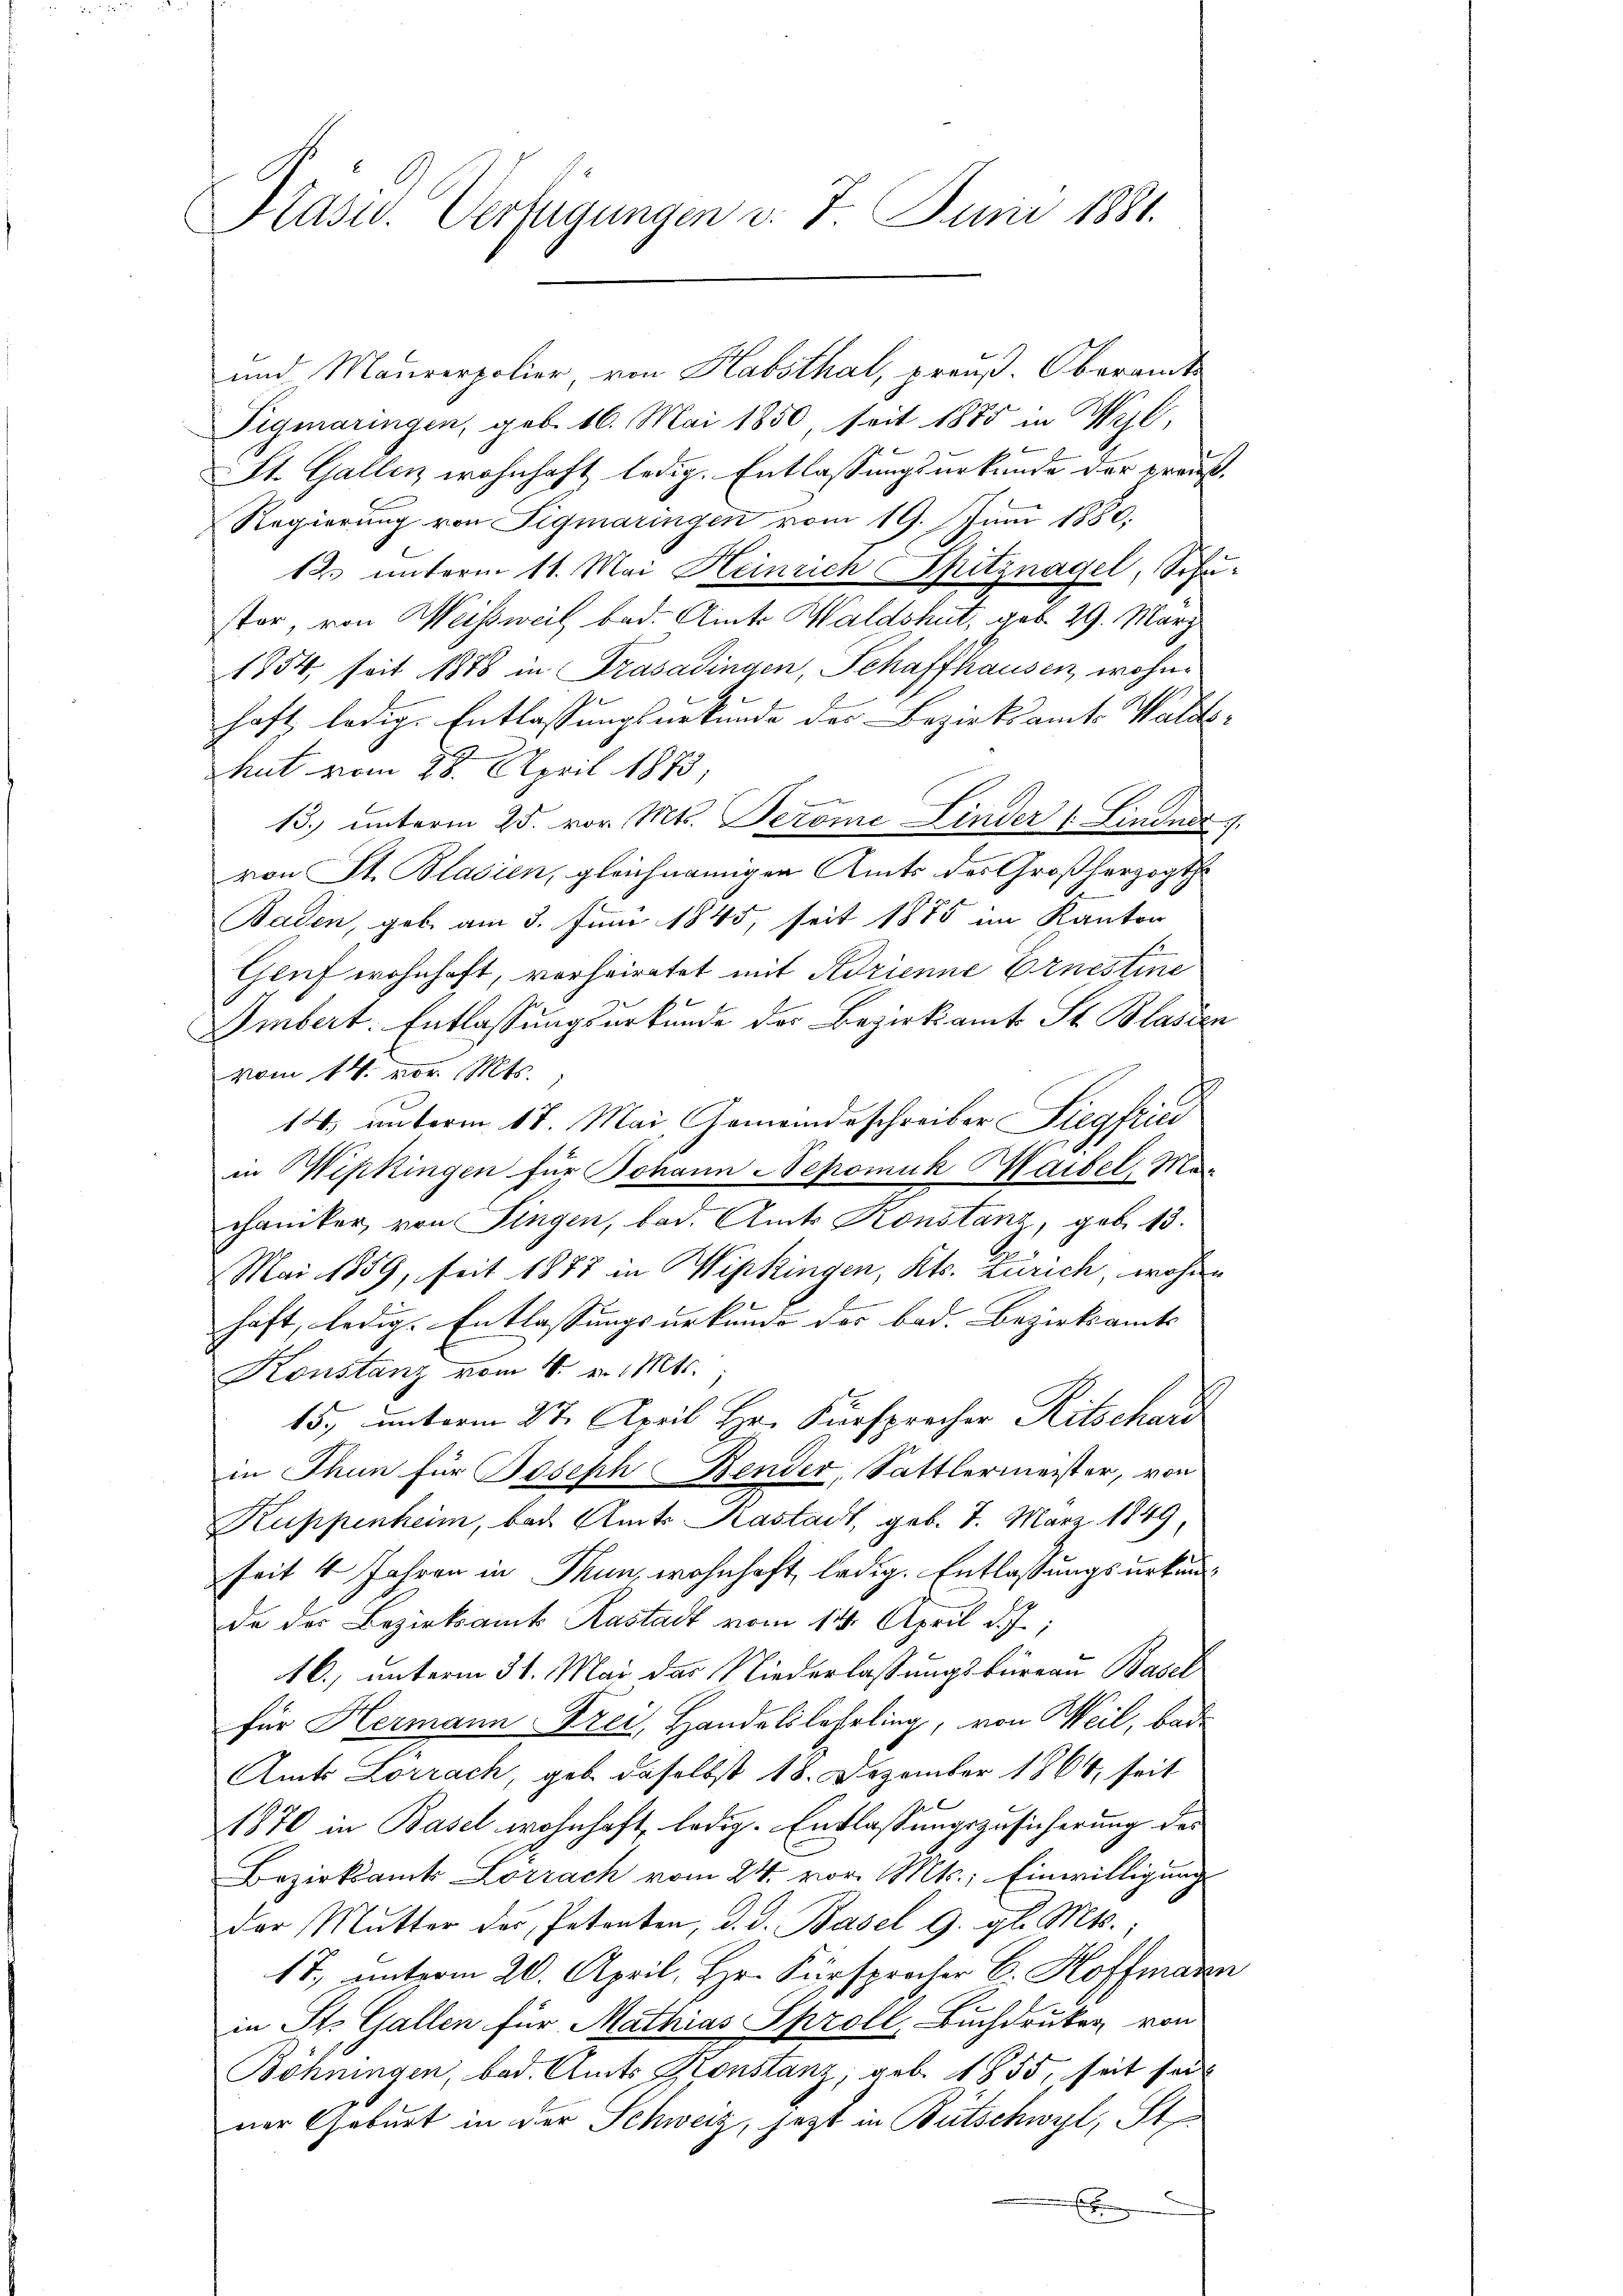
Präsid. Verfügungen d. 7. Juni 1881.

und Maurerpolier von Habsthal, preuß. Oberamte
Pigmaringen, geb. 16. Mai 1850, seit 1885 in Wyl,
St. Gallen wohnhaft ledig. Entlassungsurkunde der preuß.
Regierung von Sigmaringen vom 19. Juni 1880.
125 unterm 11. Mai Heinrich Spitznagel, Schuster, von Weissweil bad. Amte Waldshut, geb. 29. März
1854, seit 1878 in rasadingen, Schaffhausen, wohnhaft ledig. Entlassungsurkunde des Bezirksamts Walds¬
Thut vom 28. April 1873,
13. unterm 25. vor. Mts. Perome Linder 1. Lindner
von St. Blasien, gleichnamigen Amts des Großherzogth
2
Baden, geb. am 3. Juni 1845, seit 1885 im Kanton
Gruf wohnhaft, verheiratet mit Adrienne Ernestine
Imbert. Entlassungsurkunde der Bezirksamt St. Blasien
vom 14. vor. Mts.
14, unterm 17. Mai, Gemeindeschreiber Siegfried
in Wipkingen für Johann Nepomuk Maibel, Mu
chaniker von Fingen, bei. Amts Konstanz, geb. 13.
Mai 1859, seit 1887 in Wipkingen, Kts. Zürich, wohnen
haft, ledig. Entlassungsurkunde der bad. Bezirksamts
Konstanz vom 4. v. Mts.,
15, unterm 2ten April Hr. Fürsprecher Ritschard
in Thun für Joseph Bender, Sattlermeister, von
Kuppenheim, bad. Amts Kastadt, geb. 1. März 1849,
seit 4 Jahren in Thun, wohnhaft, ledig. Entlassungsurkunda der Bezirksamt Rastadt vom 14. April d. J.,
16.) unterm 31. Mai das Niederlassungsbüreau Basel
für Hermann Frei, Handelslehrling, von Weil, bei
Amts Lörrach, geb. daselbst 18. Dezember 1864, seit
.
1870 in Basel wohnhaft, ledig. Entlassungszusicherung des
Bezirksamts Lörrach vom 24. vor. Mts. Einwilligung
Der Mutter des Petenten, d. d. Basel 9. gl. Mts.:
17, unterm 20. April, Hr. Fürsprocher B. Hoffmann
in St. Gallen für Mathias Sproll, Buchdruker von
Böhningen, bad. Amts Konstanz, geb. 1855, seit sei
ner Geburt in der Schweiz, jetzt in Bütschwyl, St.
E